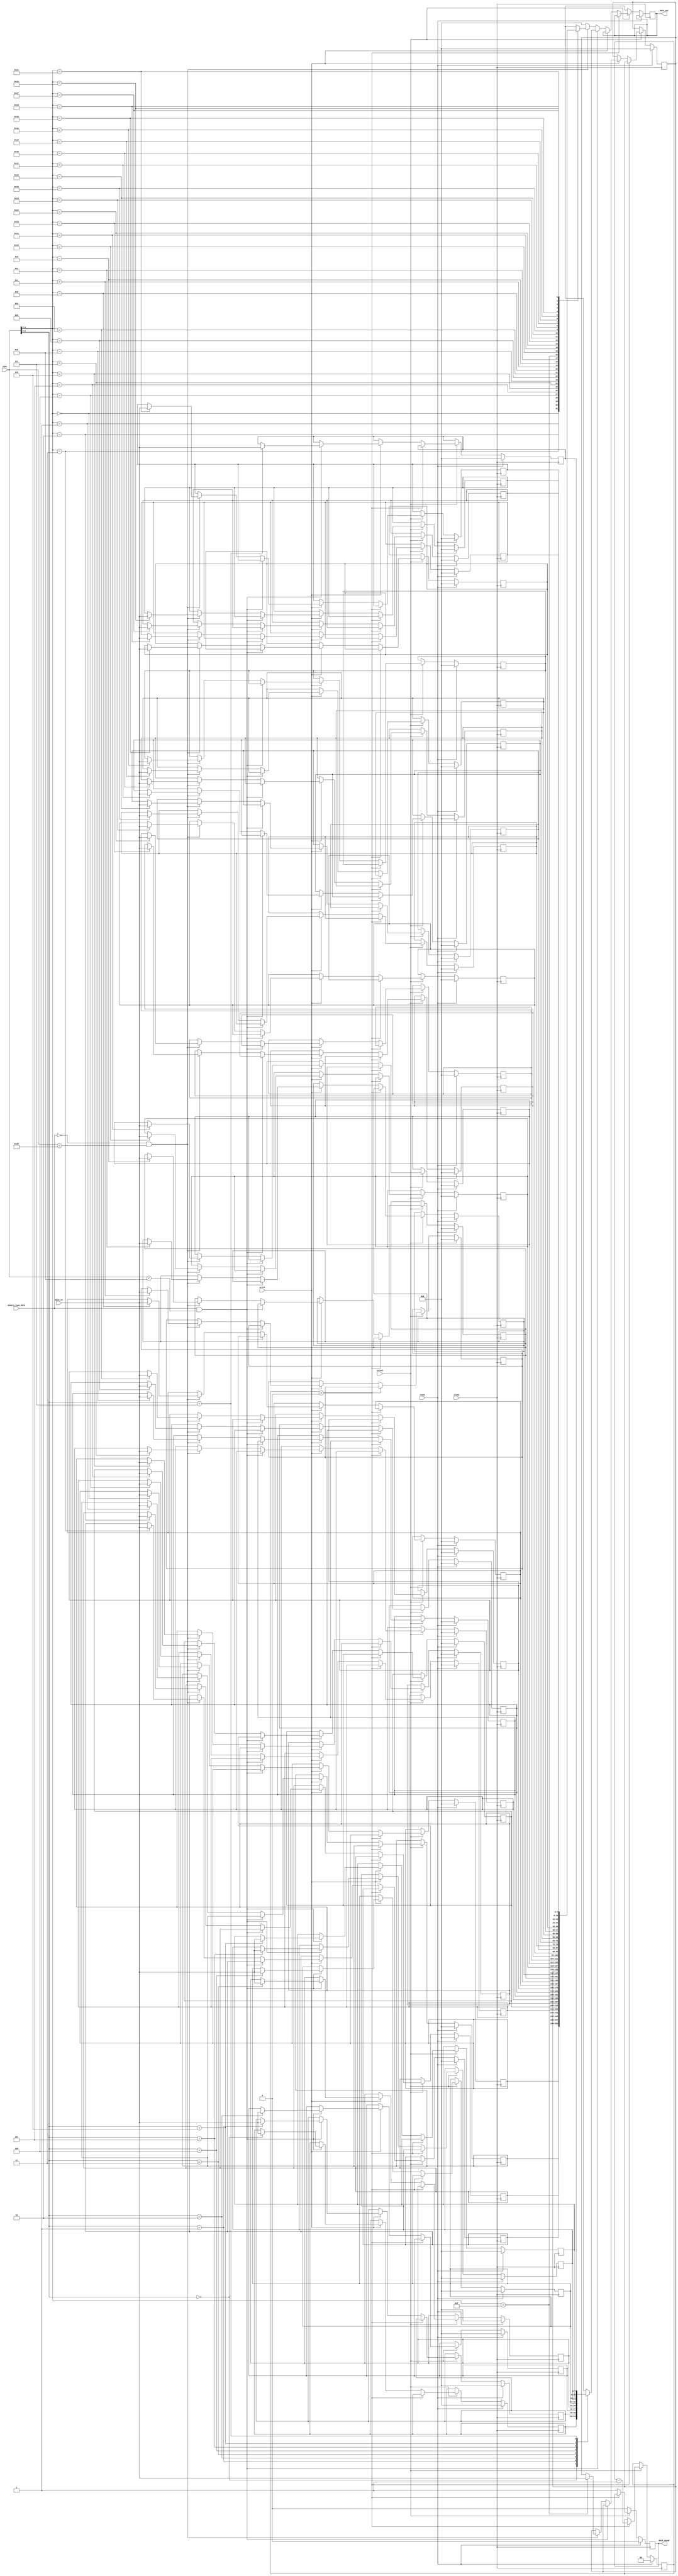
// SPDX-FileCopyrightText:  2022 Seth Kerr <hello@oakdev.tech>
// Based on SPELL by Uri Shaked <https://github.com/wokwi/verispell>
// SPDX-License-Identifier: MIT

`default_nettype none
//
`timescale 1ns / 1ps

module pmem_dff (
    input wire reset,
    input wire clock,
    input wire select,
    input wire [7:0] addr,
    input wire [7:0] data_in,
    input wire memory_type_data,
    input wire write,
    output reg [7:0] data_out,
    output reg data_ready
);

  localparam code_size = 32;
  localparam data_size = 8;

  reg [7:0] code_mem[code_size-1:0];
  reg [7:0] data_mem[data_size-1:0];

  reg [1:0] cycles;

  integer i;

  always @(posedge clock) begin
    if (reset) begin
      cycles <= 0;
      data_ready <= 0;
      for (i = 0; i < code_size; i++) code_mem[i] = 0;
      for (i = 0; i < data_size; i++) data_mem[i] = 0;
    end else begin
      if (!select) begin
        data_out   <= 8'bx;
        data_ready <= 1'b0;
`ifdef DFF_DELAY
        cycles <= 2'b11;
`endif  /* DFF_DELAY */
      end else if (cycles > 0) begin
        cycles <= cycles - 1;
      end else begin
        data_ready <= 1'b1;
        if (write) begin
          if (memory_type_data && addr < data_size) begin
            data_mem[addr] <= data_in;
          end else if (!memory_type_data && addr < code_size) begin
            code_mem[addr] <= data_in;
          end
        end else begin
          data_out <= 8'b0;
          if (memory_type_data && addr < data_size) begin
            data_out <= data_mem[addr];
          end else if (!memory_type_data && addr < code_size) begin
            data_out <= code_mem[addr];
          end
        end
      end
    end
  end
  endmodule